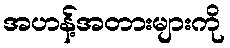
အဟန့်အတားများကို